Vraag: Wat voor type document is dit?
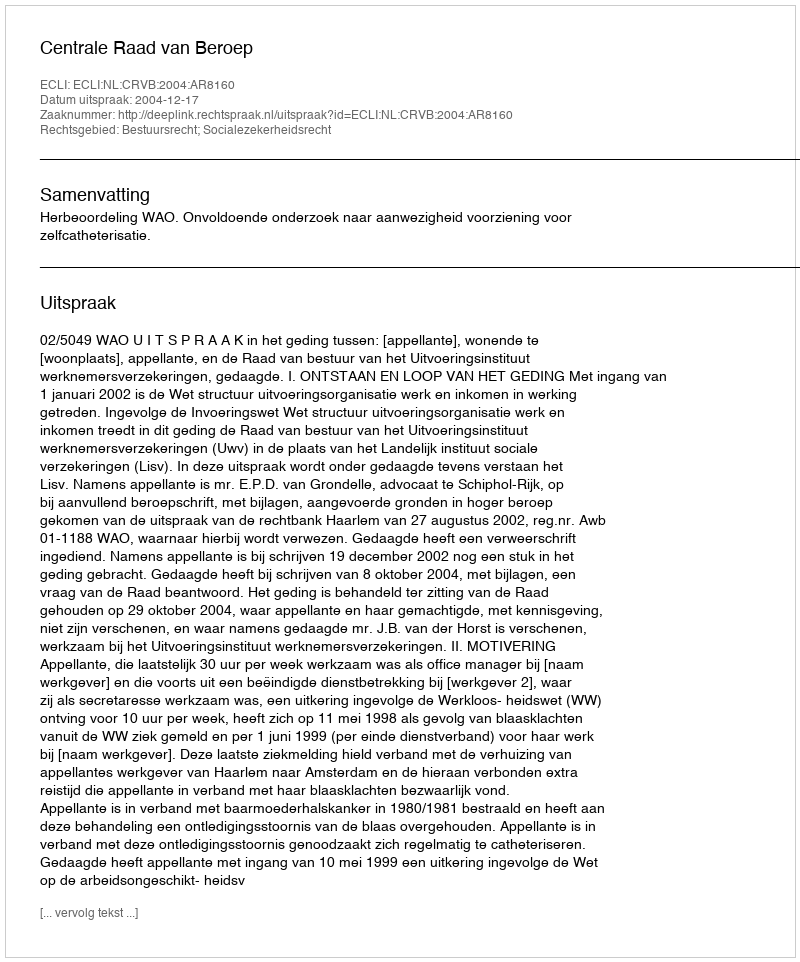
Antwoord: Uitspraak